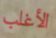
الأغلب